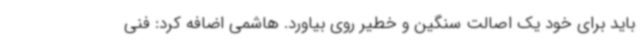
باید برای خود یک اصالت سنگین و خطیر روی بیاورد. هاشمی اضافه کرد: فنی